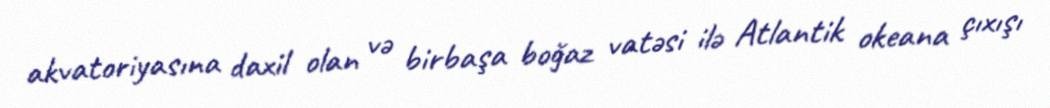
akvatoriyasına daxil olan və birbaşa boğaz vatəsi ilə Atlantik okeana çıxışı